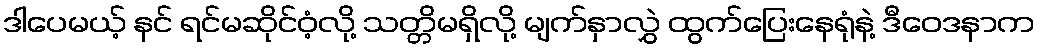
ဒါပေမယ့် နင် ရင်မဆိုင်ဝံ့လို့ သတ္တိမရှိလို့ မျက်နှာလွှဲ ထွက်ပြေးနေရုံနဲ့ ဒီဝေဒနာက